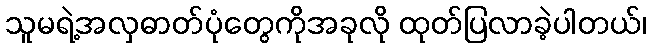
သူမရဲ့အလှဓာတ်ပုံတွေကိုအခုလို ထုတ်ပြလာခဲ့ပါတယ်၊